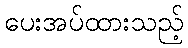
ပေးအပ်ထားသည့်